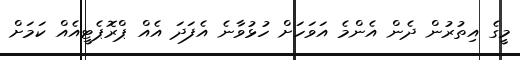
މީގެ އިތުރުން ދެން އެންމެ އަވަހަށް ހުޅުވާނެ އެފަދަ އެއް ޕްރޮޕެޓީއެއް ކަމަށް